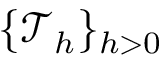
\{ \mathcal { T } _ { h } \} _ { h > 0 }